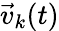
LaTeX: \vec{v}_{k}(t)